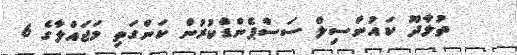
ތުޅާދޫ ކައުންސިލް ސަސްޕެންޑްކުރުން ކަންގަތި މަޖައްލާގެ 6